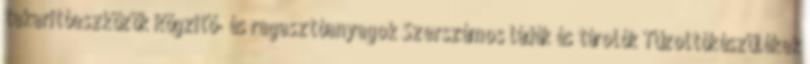
takarítóeszközök Rögzítő- és ragasztóanyagok Szerszámos ládák és tárolók Tűzoltókészülékek